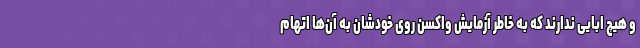
و هیچ ابایی ندارند که به خاطرِ آزمایشِ واکسن روی خودشان به آن‌ها اتهام